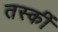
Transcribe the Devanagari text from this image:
तस्कीं